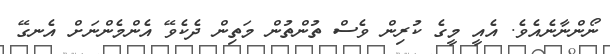
ނޯންނާނެއެވެ. އެއީ މީގެ ކުރިން ވެސް ތުންތުން މަތިން ދެކެވޭ އެންމެންނަށް އެނގޭ